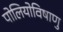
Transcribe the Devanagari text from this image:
पोलियोविषाणु